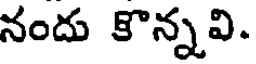
నందు కొన్నవి.